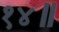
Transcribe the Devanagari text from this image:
१४॥